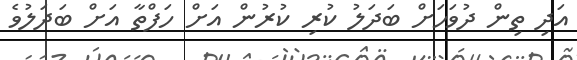
އަދި ތިން ދުވަހަށް ބަދަލު ކުރި ކުރުން އަށް ހަފްތާ އަށް ބަދަލުވެ